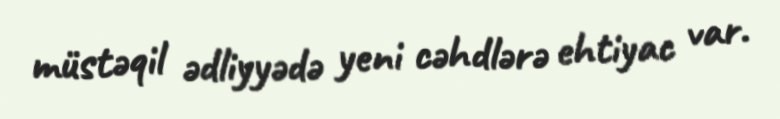
müstəqil ədliyyədə yeni cəhdlərə ehtiyac var.